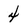
Character: 4